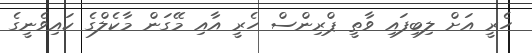
ހެރީ އަށް ލިބިފައި ވާތީ ޕްރިންސް ހެރީ އާއި މޭގަން މާކެލްގެ ކައިވެނީގެ